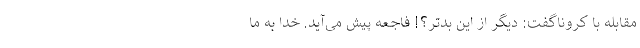
مقابله با کروناگفت: دیگر از این بدتر؟! فاجعه پیش می‌آید. خدا به ما